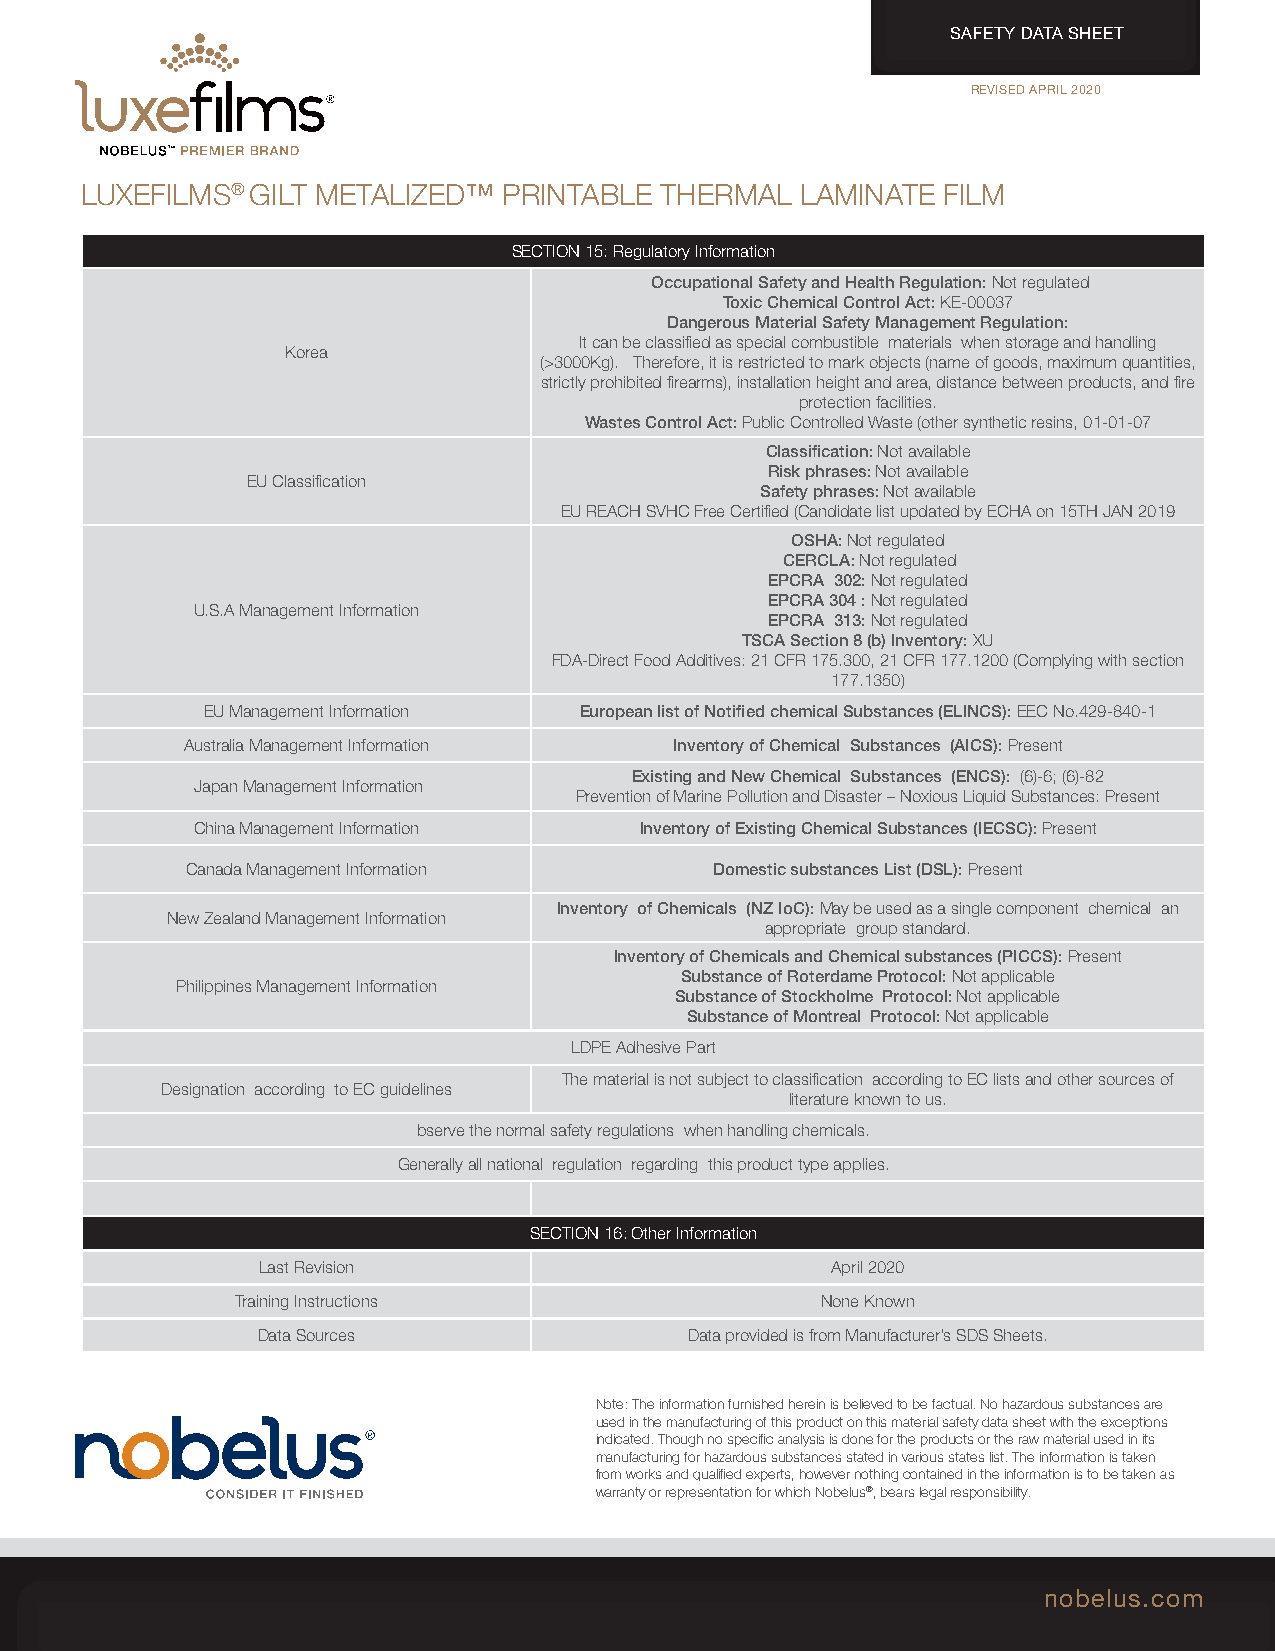
SAFETY DATA SHEET
 REVISED APRIL 2020
 LUXEFILMS®  GILT METALIZED™ PRINTABLE  THERMAL  LAMINATE FILM
 SECTION 15: Regulatory Information
 Occupational Safety and Health Regulation: Not regulated
 Toxic Chemical Control Act: KE-00037
 Dangerous Material Safety Management Regulation:
 It can be classified as special combustible materials when storage and handling
 Korea
 (>3000Kg). Therefore, it is restricted to mark objects (name of goods, maximum quantities,
 strictly prohibited firearms), installation height and area, distance between products, and fire
 protection facilities.
 Wastes Control Act: Public Controlled Waste (other synthetic resins, 01-01-07
 Classification: Not available
 Risk phrases: Not available
 EU Classification
 Safety phrases: Not available
 EU REACH SVHC Free Certified (Candidate list updated by ECHA on 15TH JAN 2019
 OSHA: Not regulated
 CERCLA: Not regulated
 EPCRA 302: Not regulated
 EPCRA 304 : Not regulated
 U.S.A Management Information
 EPCRA 313: Not regulated
 TSCA Section 8 (b) Inventory: XU
 FDA-Direct Food Additives: 21 CFR 175.300, 21 CFR 177.1200 (Complying with section
 177.1350)
 EU Management Information European list of Notified chemical Substances (ELINCS): EEC No.429-840-1
 Australia Management Information Inventory of Chemical Substances (AICS): Present
 Existing and New Chemical Substances (ENCS): (6)-6; (6)-82
 Japan Management Information
 Prevention of Marine Pollution and Disaster – Noxious Liquid Substances: Present
 China Management Information Inventory of Existing Chemical Substances (IECSC): Present
 Canada Management Information      Domestic substances List (DSL): Present
 Inventory of Chemicals (NZ IoC): May be used as a single component chemical an
 New Zealand Management Information
 appropriate group standard.
 Inventory of Chemicals and Chemical substances (PICCS): Present
 Substance of Roterdame Protocol: Not applicable
 Philippines Management Information
 Substance of Stockholme Protocol: Not applicable
 Substance of Montreal Protocol: Not applicable
 LDPE Adhesive Part
 The material is not subject to classification according to EC lists and other sources of
 Designation according to EC guidelines
 literature known to us.
 bserve the normal safety regulations when handling chemicals.
 Generally all national regulation regarding this product type applies.
 SECTION 16: Other Information
 Last Revision                         April 2020
 Training Instructions                 None Known
 Data Sources                 Data provided is from Manufacturer’s SDS Sheets.
 Note: The information furnished herein is believed to be factual. No hazardous substances are
 used in the manufacturing of this product on this material safety data sheet with the exceptions
 indicated. Though no specific analysis is done for the products or the raw material used in its
 manufacturing for hazardous substances stated in various states list. The information is taken
 from works and qualified experts, however nothing contained in the information is to be taken as
 warranty or representation for which Nobelus®, bears legal responsibility.
 nobelus.com